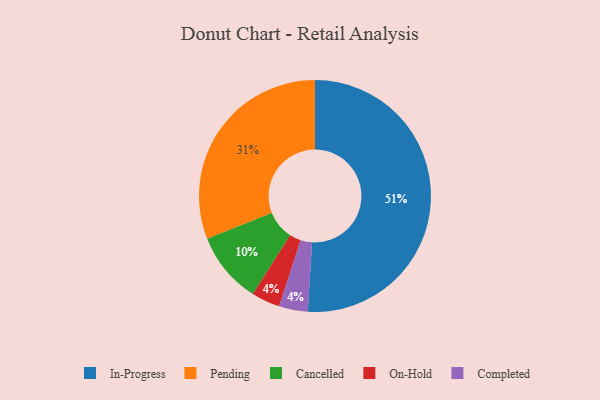
{"axis": {"x": "Category", "y": "Percentage"}, "legend": ["Cancelled", "Completed", "In-Progress", "On-Hold", "Pending"], "data": [{"x": "On-Hold", "y": 4, "type": "On-Hold"}, {"x": "In-Progress", "y": 51, "type": "In-Progress"}, {"x": "Completed", "y": 4, "type": "Completed"}, {"x": "Pending", "y": 31, "type": "Pending"}, {"x": "Cancelled", "y": 10, "type": "Cancelled"}]}